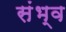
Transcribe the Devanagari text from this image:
संभ्व